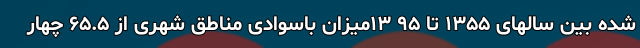
شده بین سالهای ۱۳۵۵ تا ۹۵ ۱۳میزان باسوادی مناطق شهری از ۶۵.۵ چهار